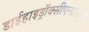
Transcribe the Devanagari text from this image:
डाईहाइड्रॉक्सीएन्थ्रासीन